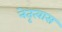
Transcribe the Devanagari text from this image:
नेतृत्वास